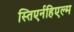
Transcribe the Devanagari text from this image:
स्तिएर्नहिएल्म